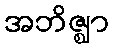
အဘိဇ္ဈာ